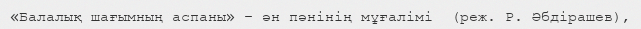
«Балалық шағымның аспаны» – ән пәнінің мұғалімі  (реж. Р. Әбдірашев),